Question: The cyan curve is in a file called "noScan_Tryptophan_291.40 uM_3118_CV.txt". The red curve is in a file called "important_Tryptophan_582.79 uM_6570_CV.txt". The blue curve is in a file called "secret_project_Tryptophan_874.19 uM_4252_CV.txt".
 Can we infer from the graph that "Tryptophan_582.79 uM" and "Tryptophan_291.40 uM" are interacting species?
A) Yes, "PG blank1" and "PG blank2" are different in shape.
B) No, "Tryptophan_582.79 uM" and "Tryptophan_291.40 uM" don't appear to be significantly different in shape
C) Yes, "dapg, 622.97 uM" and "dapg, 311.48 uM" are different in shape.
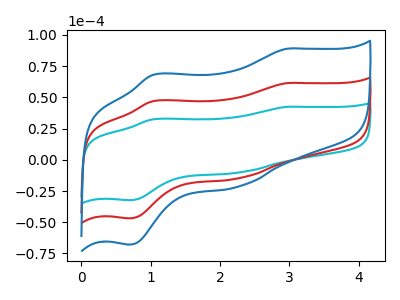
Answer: <think>The cyan curve "Tryptophan_291.40 uM" has anodic peaks at (2.95V, 42.40uA) (1.05V, 32.45uA) and cathodic peaks at (2.25V, -10.25uA) (0.70V, -32.35uA). The red curve "Tryptophan_582.79 uM" has anodic peaks at (2.95V, 61.45uA) (1.05V, 47.00uA) and cathodic peaks at (2.25V, -14.80uA) (0.70V, -46.90uA). The blue curve "Tryptophan_874.19 uM" has anodic peaks at (2.95V, 122.90uA) (1.05V, 94.00uA) and cathodic peaks at (2.25V, -29.65uA) (0.70V, -93.75uA).
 All the peaks in "Tryptophan_582.79 uM" have a peak in "Tryptophan_291.40 uM" at the same potential. Every peak in "Tryptophan_582.79 uM" is higher than every peak in "Tryptophan_291.40 uM".</think>
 <answer>B) No, "Tryptophan_582.79 uM" and "Tryptophan_291.40 uM" don't appear to be significantly different in shape</answer>
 <eval>B</eval>